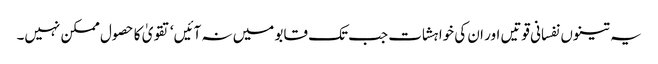
یہ تینوں نفسانی قوتیں اور ان کی خواہشات جب تک قابو میں نہ آئیں‘ تقویٰ کا حصول ممکن نہیں۔